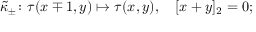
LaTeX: \tilde { \kappa } _ { \pm } \colon \tau ( x \mp 1 , y ) \mapsto \tau ( x , y ) , \quad [ x + y ] _ { 2 } = 0 ;